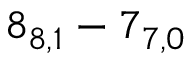
8 _ { 8 , 1 } - 7 _ { 7 , 0 }